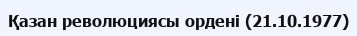
Қазан революциясы ордені (21.10.1977)